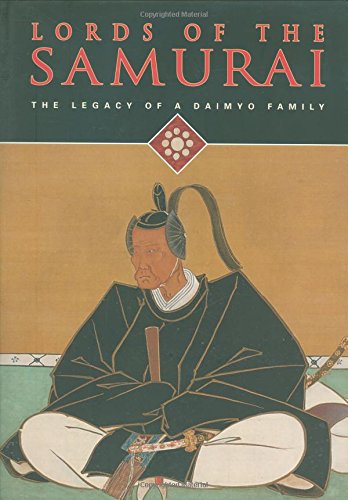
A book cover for Lords of the Samurai: Legacy of a Daimyo Family; Yoko Woodson; Literature & Fiction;